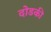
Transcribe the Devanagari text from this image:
दोडकी